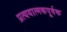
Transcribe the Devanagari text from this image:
प्रत्ययात्मकपूर्वक